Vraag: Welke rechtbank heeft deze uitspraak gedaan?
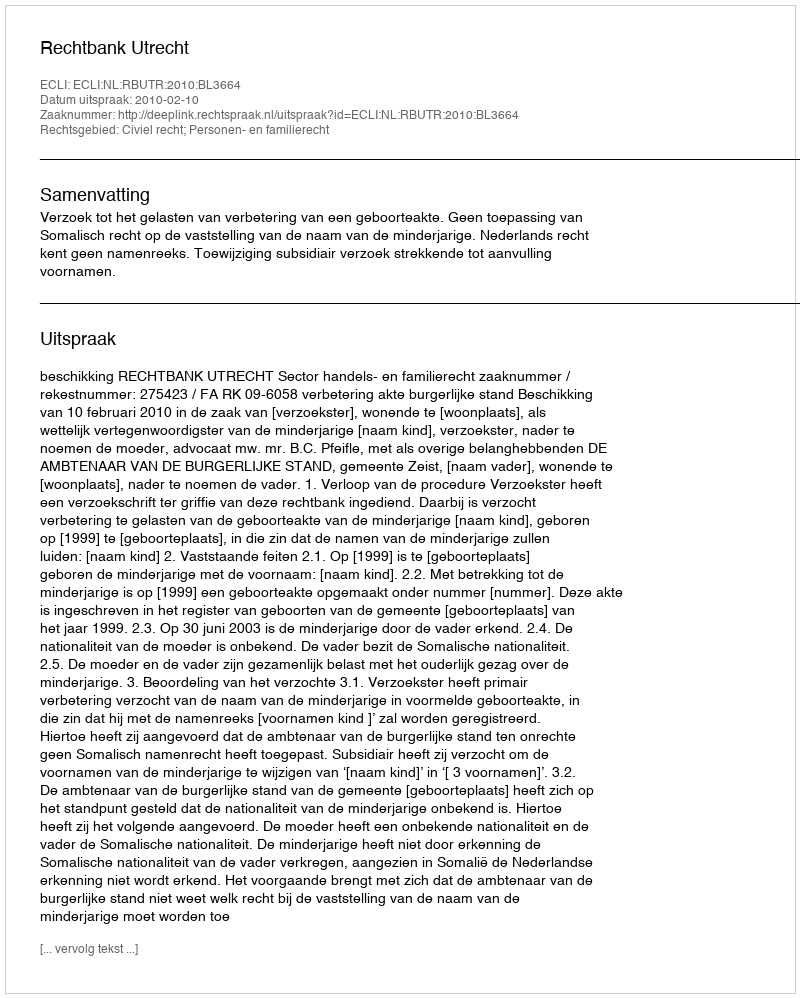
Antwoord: Rechtbank Utrecht